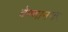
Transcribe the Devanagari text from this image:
वेण्णानगर